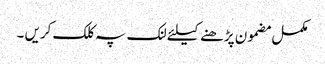
مکمل مضمون پڑھنے کیلئے لنک پہ کلک کریں ۔